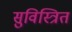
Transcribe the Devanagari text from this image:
सुविस्त्रित